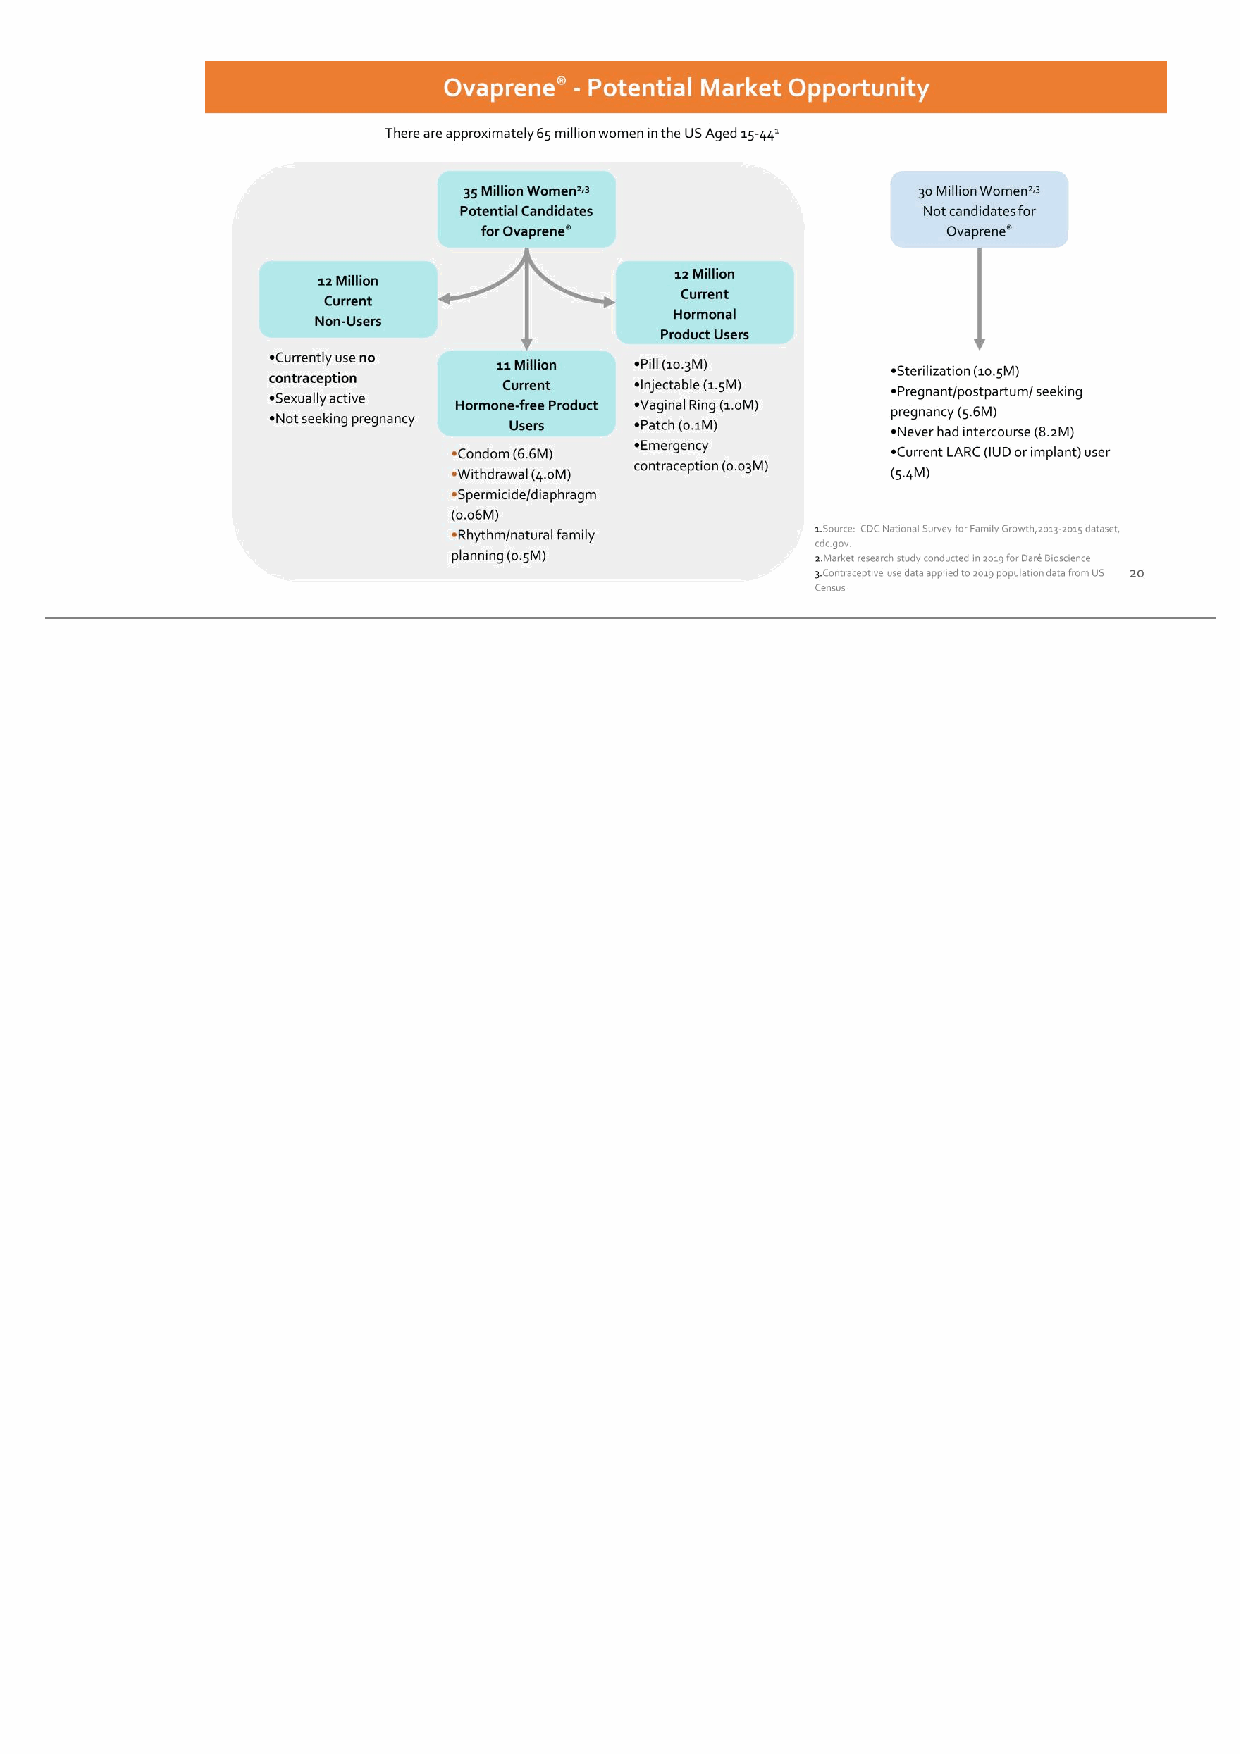
20 Ovaprene® - Potential Market Opportunity There are approximately 65 million women in the US Aged 15-441 12 Million Current Non-Users 11 Million Current Hormone-free Product Users 12 Million Current Hormonal Product Users 35 Million Women2,3 Potential Candidates for Ovaprene® •Pill (10.3M) •Injectable (1.5M) •Vaginal Ring (1.0M) •Patch (0.1M) •Emergency contraception (0.03M) •Condom (6.6M) •Withdrawal (4.0M) •Spermicide/diaphragm (0.06M) •Rhythm/natural family planning (0.5M) •Currently use no contraception •Sexually active •Not seeking pregnancy 30 Million Women2,3 Not candidates for Ovaprene® •Sterilization (10.5M) •Pregnant/postpartum/ seeking pregnancy (5.6M) •Never had intercourse (8.2M) •Current LARC (IUD or implant) user (5.4M) 1.Source: CDC National Survey for Family Growth,2013-2015 dataset, cdc.gov. 2.Market research study conducted in 2019 for Daré Bioscience 3.Contraceptive use data applied to 2019 population data from US Census